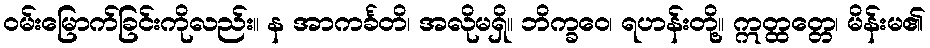
ဝမ်းမြောက်ခြင်းကိုလည်း။ န အာကင်္ခတိ၊ အလိုမရှိ။ ဘိက္ခဝေ၊ ရဟန်းတို့။ ဣတ္ထတ္တေ၊ မိန်းမ၏